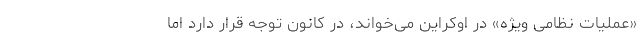
«عملیات نظامی ویژه» در اوکراین می‌خواند، در کانون توجه قرار دارد اما